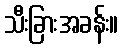
သီးခြားအခန်း။